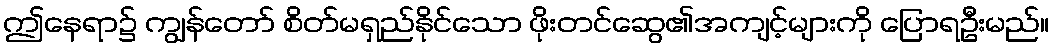
ဤနေရာ၌ ကျွန်တော် စိတ်မရှည်နိုင်သော ဖိုးတင်ဆွေ၏အကျင့်များကို ပြောရဦးမည်။